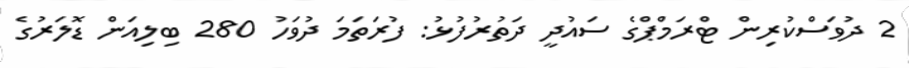
2 ދުވަަސްކުރިން ޓްރަމްޕްގެ ސައުދީ ދަތުރުފުޅު: ފުރަތަމަ ދުވަހު 280 ބިލިއަން ޑޮލަރުގެ